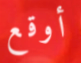
أوقع